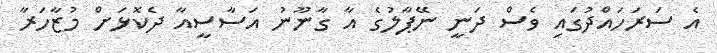
އެ ސަރަހައްދުގައި ވެސް ދަނީ ނޭޕާލުގެ އާ ގާނޫނު އަސާސީއާ ދެކޮޅަށް މުޒާހަރާ